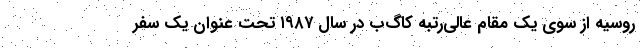
روسیه از سوی یک مقام عالی‌رتبه کاگ‌ب در سال ۱۹۸۷ تحت عنوان یک سفر